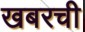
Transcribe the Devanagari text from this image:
खबरची